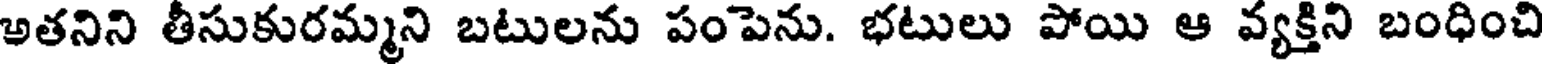
అతనిని తీసుకురమ్మని బటులను పంపెను. భటులు పోయి ఆ వ్యక్తిని బంధించి